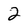
Character: 2